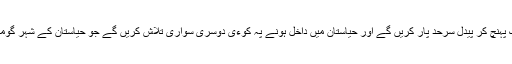
پھر سرحد تک پہنچ کر پیدل سرحد پار کریں گے اور حیاستان میں داخل ہونے پہ کوءی دوسری سواری تلاش کریں گے جو حیاستان کے شہر گومری پہنچاءے۔